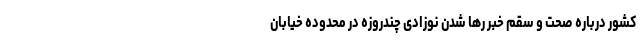
کشور درباره صحت و سقم خبر رها شدن نوزادی چندروزه در محدوده خیابان